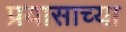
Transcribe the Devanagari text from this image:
प्रयासाच्या